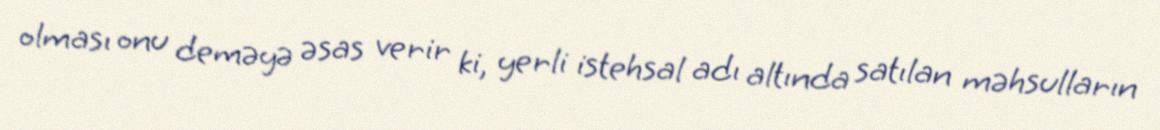
olması onu deməyə əsas verir ki, yerli istehsal adı altında satılan məhsulların